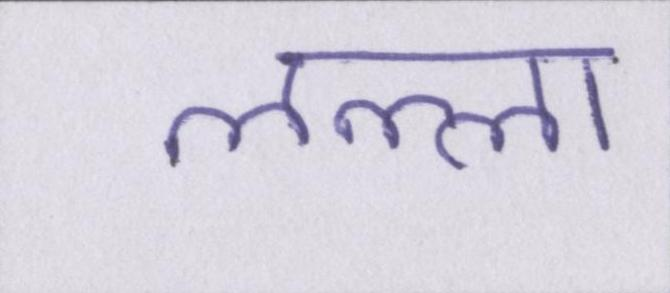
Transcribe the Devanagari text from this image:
लल्ला